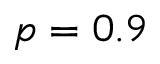
p = 0 . 9